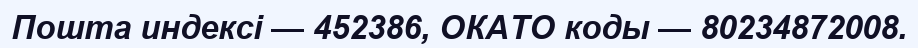
Пошта индексі — 452386, ОКАТО коды — 80234872008.